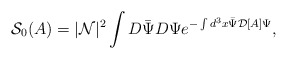
\begin{align*}{\mathcal S}_0(A)=|{\mathcal N}|^2 \int D\bar{\Psi} D\Psi e^{-\int d^3x \bar{\Psi} {\mathcal D}[A] \Psi},\end{align*}